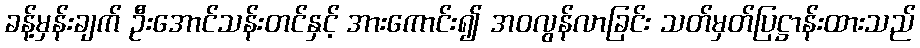
ခန့်မှန်းချက် ဦးအောင်သန်းတင်နှင့် အားကောင်း၍ အဝလွန်လာခြင်း သတ်မှတ်ပြဋ္ဌာန်းထားသည်